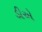
ડીએ